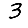
Digit: 3